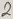
Text: 2